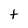
Character: t